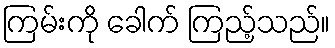
ကြမ်းကို ခေါက် ကြည့်သည်။